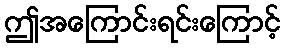
ဤအကြောင်းရင်းကြောင့်